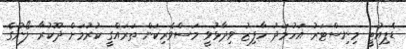
ޑެޕިއުޓީ މިނިސްޓަރު އަހުމަދު ހާފިޒު ވިދާޅުވީ މަސްވެރިކަން ތަރައްގީ ކުރުމަށް ދޫކުރާ ލޯނުގެ